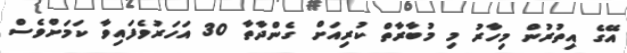
އޭގެ އިތުރުން މިހާރު މި މުބާރާތް ކުރިއަށް ގެންދާތާ 30 އަހަރުވެފައިވާ ކަމަށްވެސް